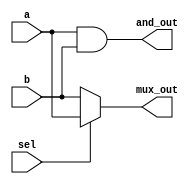
module simple_assignment (
    input wire a,        // Input wire a
    input wire b,        // Input wire b
    input wire sel,      // Select signal for multiplexer
    output wire and_out, // Output of AND gate
    output wire mux_out   // Output of multiplexer
);

// Continuous assignment for AND gate
assign and_out = a & b; // and_out is continuously assigned the result of a AND b

// Continuous assignment for multiplexer
assign mux_out = sel ? a : b; // mux_out is assigned a if sel is 1, otherwise b

endmodule